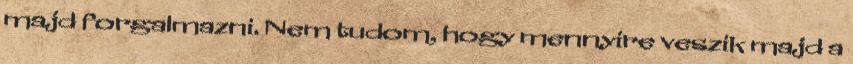
majd forgalmazni. Nem tudom, hogy mennyire veszik majd a